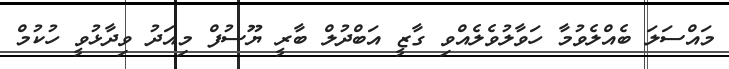
މައްސަލަ ބެއްލެވުމާ ހަވާލުވެލެއްވި ގާޒީ އަބްދުލް ބާރީ ޔޫސުފް މިއަދު ވިދާޅުވީ ހުކުމް